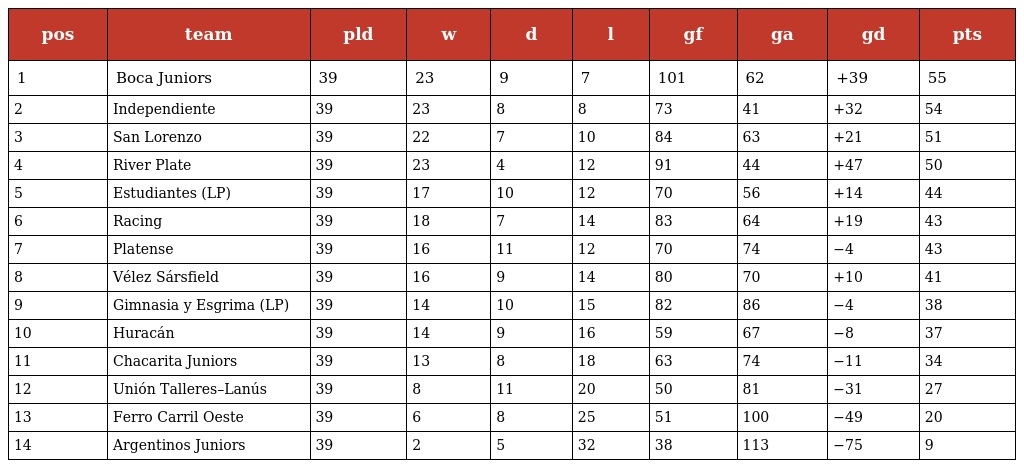
| pos | team | pld | w | d | l | gf | ga | gd | pts |
 | --- | --- | --- | --- | --- | --- | --- | --- | --- | --- |
 | 1 | Boca Juniors | 39 | 23 | 9 | 7 | 101 | 62 | +39 | 55 |
 | 2 | Independiente | 39 | 23 | 8 | 8 | 73 | 41 | +32 | 54 |
 | 3 | San Lorenzo | 39 | 22 | 7 | 10 | 84 | 63 | +21 | 51 |
 | 4 | River Plate | 39 | 23 | 4 | 12 | 91 | 44 | +47 | 50 |
 | 5 | Estudiantes (LP) | 39 | 17 | 10 | 12 | 70 | 56 | +14 | 44 |
 | 6 | Racing | 39 | 18 | 7 | 14 | 83 | 64 | +19 | 43 |
 | 7 | Platense | 39 | 16 | 11 | 12 | 70 | 74 | −4 | 43 |
 | 8 | Vélez Sársfield | 39 | 16 | 9 | 14 | 80 | 70 | +10 | 41 |
 | 9 | Gimnasia y Esgrima (LP) | 39 | 14 | 10 | 15 | 82 | 86 | −4 | 38 |
 | 10 | Huracán | 39 | 14 | 9 | 16 | 59 | 67 | −8 | 37 |
 | 11 | Chacarita Juniors | 39 | 13 | 8 | 18 | 63 | 74 | −11 | 34 |
 | 12 | Unión Talleres–Lanús | 39 | 8 | 11 | 20 | 50 | 81 | −31 | 27 |
 | 13 | Ferro Carril Oeste | 39 | 6 | 8 | 25 | 51 | 100 | −49 | 20 |
 | 14 | Argentinos Juniors | 39 | 2 | 5 | 32 | 38 | 113 | −75 | 9 |